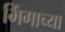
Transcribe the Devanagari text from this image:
भिंगाच्या